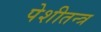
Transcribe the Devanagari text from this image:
पेशीतन्त्र